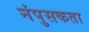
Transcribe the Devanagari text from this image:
नंपुसकता